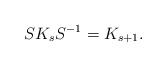
LaTeX: \begin{align*}SK_s S^{-1}=K_{s+1}.\end{align*}